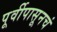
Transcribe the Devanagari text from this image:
पूर्वीपासूनचं